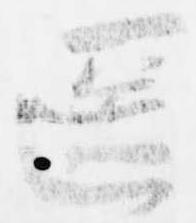
匿